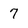
Character: 7